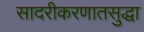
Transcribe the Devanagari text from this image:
सादरीकरणातसुद्धा